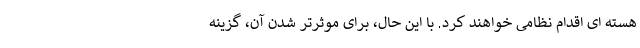
هسته ای اقدام نظامی خواهند کرد. با این حال، برای موثرتر شدن آن، گزینه